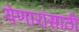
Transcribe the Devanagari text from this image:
येणारांसाठी